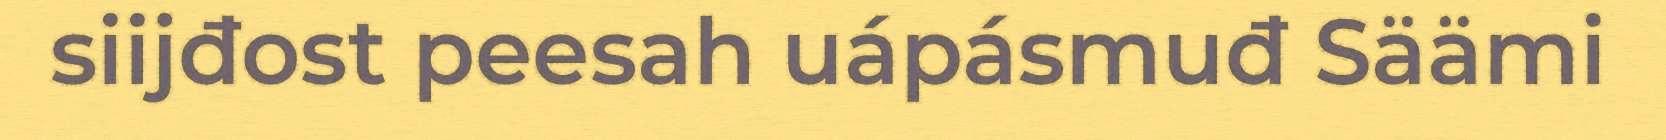
siijđost peesah uápásmuđ Säämi